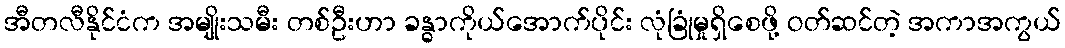
အီတလီနိုင်ငံက အမျိုးသမီး တစ်ဦးဟာ ခန္ဓာကိုယ်အောက်ပိုင်း လုံခြုံမှုရှိစေဖို့ ဝတ်ဆင်တဲ့ အကာအကွယ်